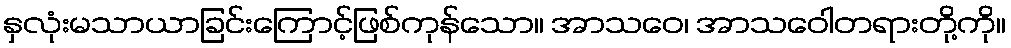
နှလုံးမသာယာခြင်းကြောင့်ဖြစ်ကုန်သော။ အာသဝေ၊ အာသဝေါတရားတို့ကို။